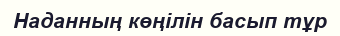
Наданның көңілін басып тұр